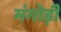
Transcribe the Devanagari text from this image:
मंगोड़ी